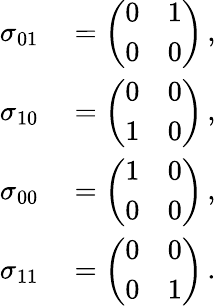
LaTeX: \begin{array}{rl}{\sigma_{01}}&{{}=\left(\begin{array}{cc}{0}&{1}\\ {0}&{0}\end{array}\right)\, ,}\\ {\sigma_{10}}&{{}=\left(\begin{array}{cc}{0}&{0}\\ {1}&{0}\end{array}\right)\, ,}\\ {\sigma_{00}}&{{}=\left(\begin{array}{cc}{1}&{0}\\ {0}&{0}\end{array}\right)\, ,}\\ {\sigma_{11}}&{{}=\left(\begin{array}{cc}{0}&{0}\\ {0}&{1}\end{array}\right)\, .}\end{array}